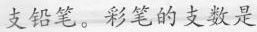
支铅笔。彩笔的支数是